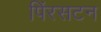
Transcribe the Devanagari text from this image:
पिंरसटन